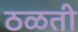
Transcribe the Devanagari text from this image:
ठळती